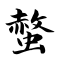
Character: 螫